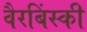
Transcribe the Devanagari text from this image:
वैरबिंस्की